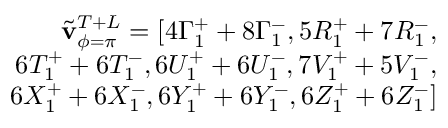
\begin{array} { r } { \Tilde { \mathbf { v } } _ { \phi = \pi } ^ { T + L } = [ 4 \Gamma _ { 1 } ^ { + } + 8 \Gamma _ { 1 } ^ { - } , 5 R _ { 1 } ^ { + } + 7 R _ { 1 } ^ { - } , } \\ { 6 T _ { 1 } ^ { + } + 6 T _ { 1 } ^ { - } , 6 U _ { 1 } ^ { + } + 6 U _ { 1 } ^ { - } , 7 V _ { 1 } ^ { + } + 5 V _ { 1 } ^ { - } , } \\ { 6 X _ { 1 } ^ { + } + 6 X _ { 1 } ^ { - } , 6 Y _ { 1 } ^ { + } + 6 Y _ { 1 } ^ { - } , 6 Z _ { 1 } ^ { + } + 6 Z _ { 1 } ^ { - } ] } \end{array}